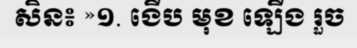
សិន៖ »១. ងើប មុខ ឡើង រួច